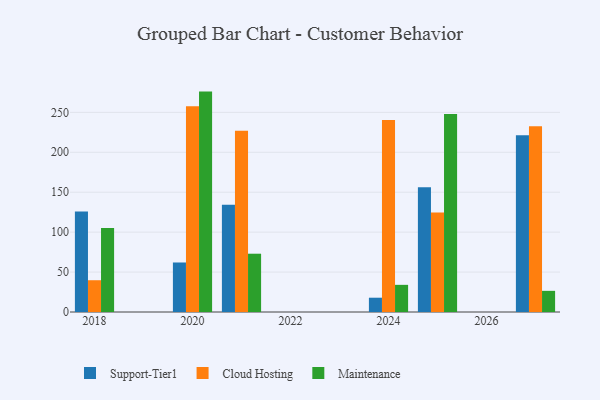
{"axis": {"x": "Year", "y": "Customer Acquisition Cost (USD)"}, "legend": ["Cloud Hosting", "Maintenance", "Support-Tier1"], "data": [{"x": "2020", "y": 62.0, "type": "Support-Tier1"}, {"x": "2020", "y": 257.8, "type": "Cloud Hosting"}, {"x": "2020", "y": 276.0, "type": "Maintenance"}, {"x": "2021", "y": 134.2, "type": "Support-Tier1"}, {"x": "2021", "y": 227.0, "type": "Cloud Hosting"}, {"x": "2021", "y": 73.0, "type": "Maintenance"}, {"x": "2025", "y": 156.3, "type": "Support-Tier1"}, {"x": "2025", "y": 124.5, "type": "Cloud Hosting"}, {"x": "2025", "y": 247.9, "type": "Maintenance"}, {"x": "2024", "y": 17.9, "type": "Support-Tier1"}, {"x": "2024", "y": 240.5, "type": "Cloud Hosting"}, {"x": "2024", "y": 34.0, "type": "Maintenance"}, {"x": "2027", "y": 221.2, "type": "Support-Tier1"}, {"x": "2027", "y": 232.5, "type": "Cloud Hosting"}, {"x": "2027", "y": 26.5, "type": "Maintenance"}, {"x": "2018", "y": 126.0, "type": "Support-Tier1"}, {"x": "2018", "y": 39.8, "type": "Cloud Hosting"}, {"x": "2018", "y": 105.3, "type": "Maintenance"}]}